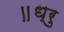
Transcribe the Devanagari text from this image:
॥ध्रु